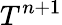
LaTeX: T^{n+1}